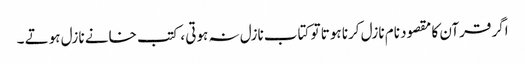
اگر قرآن کا مقصود نام نازل کرنا ہوتا تو کتاب نازل نہ ہوتی ، کتب خانے نازل ہوتے ۔